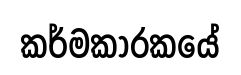
කර්මකාරකයේ